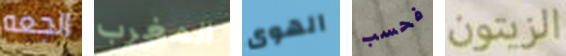
الجعه المغرب الهوى فحسب الزيتون